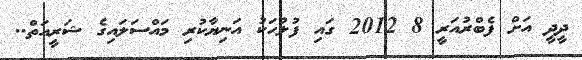
ދީދީ އަށް ފެބްރުއަރީ 8 2012 ގައި ފުލުހަކު އަނިޔާކުރި މައްސަލައިގެ ޝަރީއަތް..